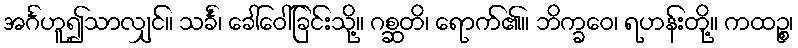
အင်္ဂဟူ၍သာလျှင်။ သင်္ခံ၊ ခေါ်ဝေါ်ခြင်းသို့။ ဂစ္ဆတိ၊ ရောက်၏။ ဘိက္ခဝေ၊ ရဟန်းတို့။ ကထဉ္စ၊